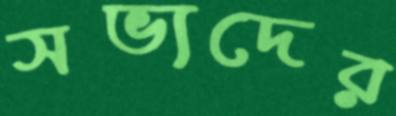
সভ্যদের